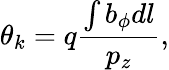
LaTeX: \theta_{k}=q\frac{\int b_{\phi}dl}{p_{z}},